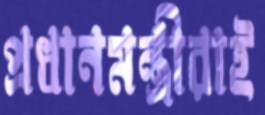
প্রধানমন্ত্রীরাই